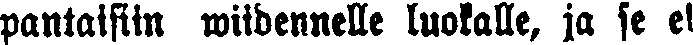
pantaisiin wiidennelle luokalle, ja se el